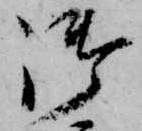
御